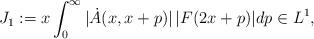
LaTeX: \begin{align*}J_1 := x\int_0^\infty |\dot{A}(x, x+p)| \, |F(2x+p)|dp \in L^1,\end{align*}